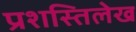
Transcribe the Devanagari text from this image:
प्रशस्तिलेख